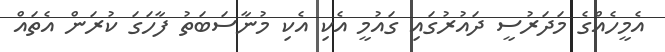
އެމީހެއްގެ މަދަރުސީ ދައުރުގައި ގައުމީ އެކި އެކި މުނާސަބަތު ފާހަގަ ކުރަން އެތައް